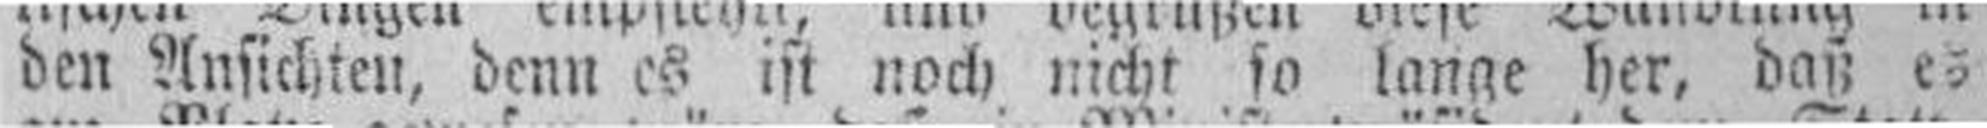
den Ansichten, denn es ist noch nicht so lange her, daß es